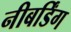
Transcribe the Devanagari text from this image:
नीबर्डिंग